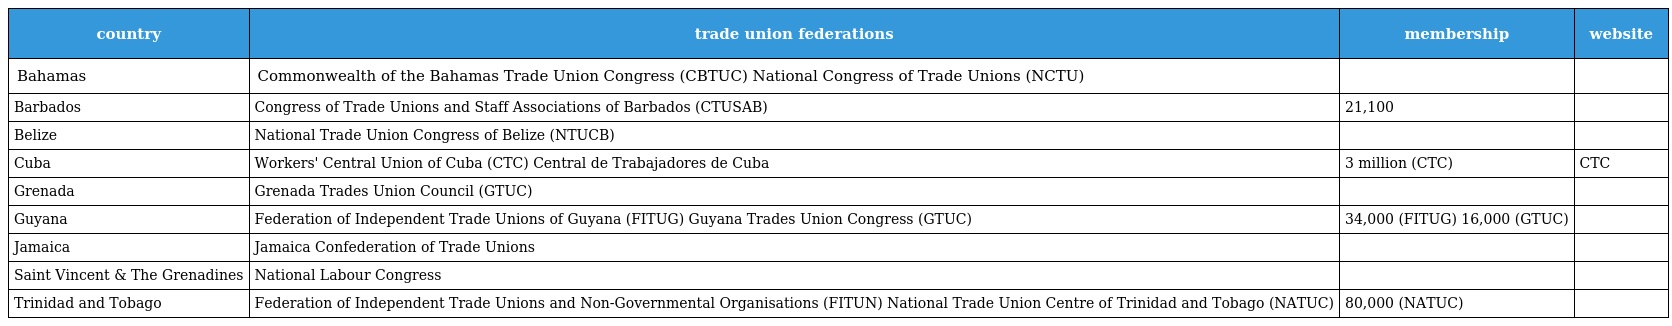
| country | trade union federations | membership | website |
 | --- | --- | --- | --- |
 | Bahamas | Commonwealth of the Bahamas Trade Union Congress (CBTUC) National Congress of Trade Unions (NCTU) |  |  |
 | Barbados | Congress of Trade Unions and Staff Associations of Barbados (CTUSAB) | 21,100 |  |
 | Belize | National Trade Union Congress of Belize (NTUCB) |  |  |
 | Cuba | Workers' Central Union of Cuba (CTC) Central de Trabajadores de Cuba | 3 million (CTC) | CTC |
 | Grenada | Grenada Trades Union Council (GTUC) |  |  |
 | Guyana | Federation of Independent Trade Unions of Guyana (FITUG) Guyana Trades Union Congress (GTUC) | 34,000 (FITUG) 16,000 (GTUC) |  |
 | Jamaica | Jamaica Confederation of Trade Unions |  |  |
 | Saint Vincent & The Grenadines | National Labour Congress |  |  |
 | Trinidad and Tobago | Federation of Independent Trade Unions and Non-Governmental Organisations (FITUN) National Trade Union Centre of Trinidad and Tobago (NATUC) | 80,000 (NATUC) |  |